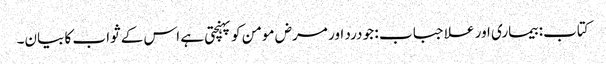
کتاب: بیماری اور علاجباب : جو درد اور مرض مومن کو پہنچتی ہے اس کے ثواب کا بیان۔